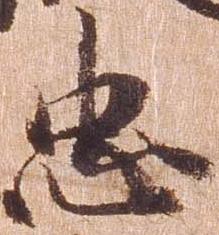
忠